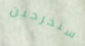
ستخرجين